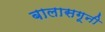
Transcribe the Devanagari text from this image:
बालासगूनी